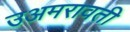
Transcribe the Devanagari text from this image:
उअमरावती